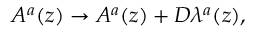
A ^ { a } ( z ) \rightarrow A ^ { a } ( z ) + D \lambda ^ { a } ( z ) ,